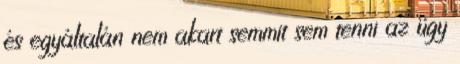
és egyáltalán nem akart semmit sem tenni az ügy